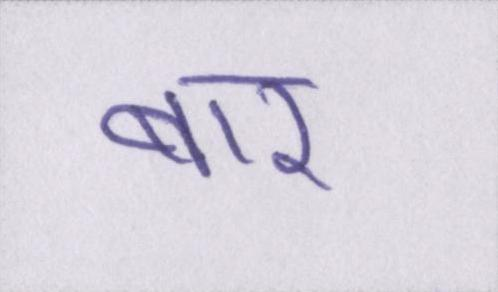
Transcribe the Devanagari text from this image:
बार